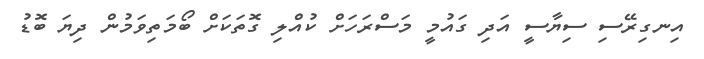
އިނގިރޭސި ސިޔާސީ އަދި ގައުމީ މަސްރަހަށް ކުއްލި ގޮތަކަށް ބޯމަތިވަމުން ދިޔަ ބޮޑު